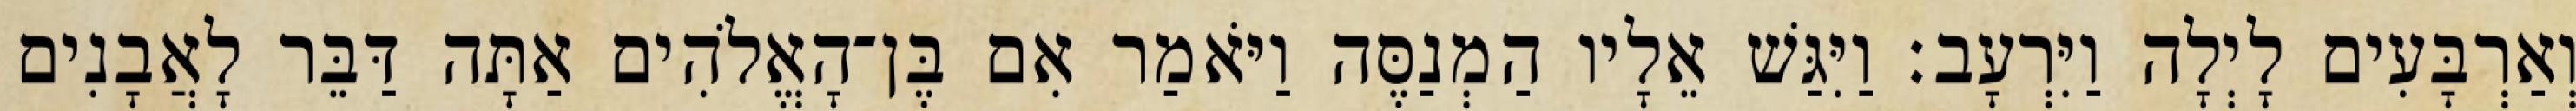
וְאַרְבָּעִים לָיְלָה וַיִּרְעָב׃ וַיִּגַּשׁ אֵלָיו הַמְנַסֶּה וַיֹּאמַר אִם בֶּן־הָאֱלֹהִים אַתָּה דַּבֵּר לָאֲבָנִים